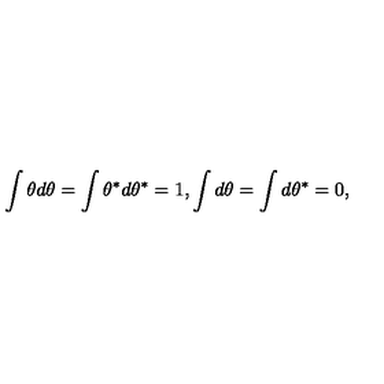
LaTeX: \int \theta d \theta = \int \theta ^ { \ast } d \theta ^ { \ast } = 1 , \int d \theta = \int d \theta ^ { \ast } = 0 ,